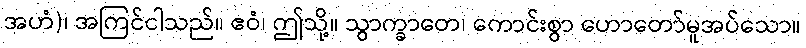
အဟံ)၊ အကြင်ငါသည်။ ဧဝံ၊ ဤသို့။ သွာက္ခာတေ၊ ကောင်းစွာ ဟောတော်မူအပ်သော။